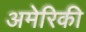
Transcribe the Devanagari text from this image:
अमेेरिकी